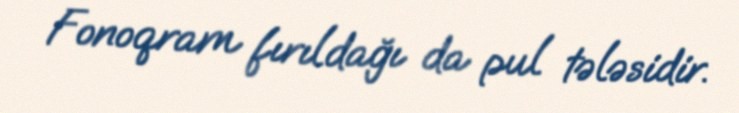
Fonoqram fırıldağı da pul tələsidir.